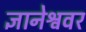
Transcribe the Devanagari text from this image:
ज्ञानेश्ववर